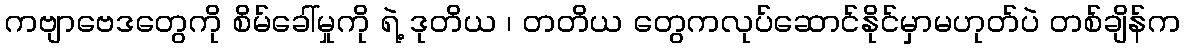
ကဗျာဗေဒတွေကို စိမ်ခေါ်မှုကို ရဲ့ ဒုတိယ ၊ တတိယ တွေကလုပ်ဆောင်နိုင်မှာမဟုတ်ပဲ တစ်ချိန်က